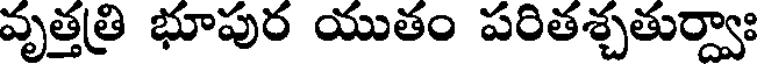
వృత్తత్రి భూపుర యుతం పరితశ్చతుర్వాః